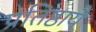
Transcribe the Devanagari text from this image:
प्रतिष्ठायै